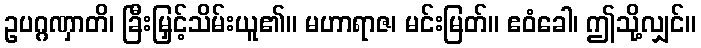
ဥပဂ္ဂဏှာတိ၊ ခြီးမြှင့်သိမ်းယူ၏။ မဟာရာဇ၊ မင်းမြတ်။ ဧဝံခေါ၊ ဤသို့လျှင်။